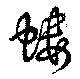
螻